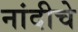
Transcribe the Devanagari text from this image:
नांदीचे